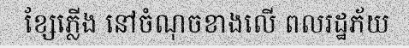
ខ្សែភ្លើង នៅចំណុចខាងលើ ពលរដ្ឋភ័យ